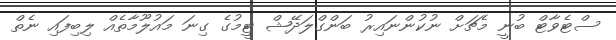
ސްޓެވާޓް ބުނީ މެޗަށް ނުކުންނައިރު ބަންގްލަދޭޝް ޓީމުގެ ގިނަ މައުލޫމާތެއް ލިބިފައި ނެތް